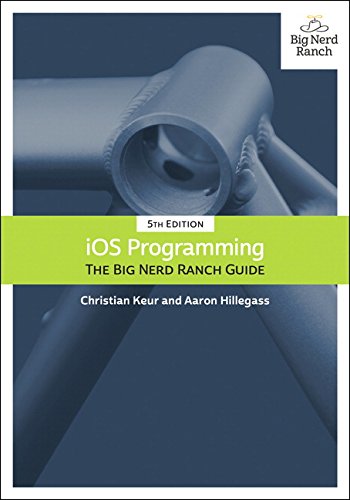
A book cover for iOS Programming: The Big Nerd Ranch Guide (5th Edition) (Big Nerd Ranch Guides); Christian Keur; Computers & Technology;